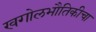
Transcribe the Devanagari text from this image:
खगोलभौतिकीचा